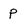
Character: p